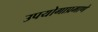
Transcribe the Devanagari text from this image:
उपयोगाप्रमाणे